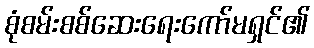
စုံစမ်းစစ်ဆေးရေးကော်မရှင်၏